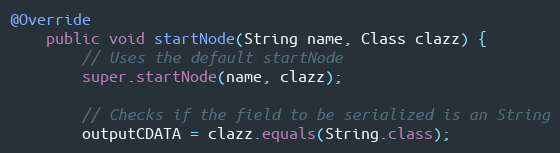
Language: Java
@Override
	public void startNode(String name, Class clazz) {
		// Uses the default startNode
		super.startNode(name, clazz);

		// Checks if the field to be serialized is an String
		outputCDATA = clazz.equals(String.class);